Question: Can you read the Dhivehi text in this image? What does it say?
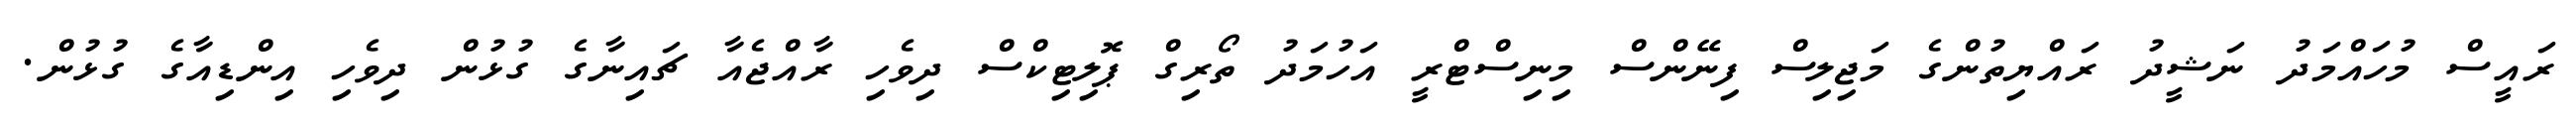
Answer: ރައީސް މުހައްމަދު ނަޝީދު ރައްޔިތުންގެ މަޖިލިސް ފިނޭންސް މިނިސްޓްރީ އަހުމަދު ތޯރިގް ޕޮލިޓިކްސް ދިވެހި ރާއްޖެއާ ޗައިނާގެ ގުޅުން ދިވެހި އިންޑިއާގެ ގުޅުން.